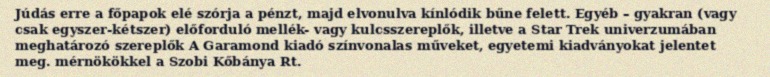
Júdás erre a főpapok elé szórja a pénzt, majd elvonulva kínlódik bűne felett. Egyéb – gyakran (vagy csak egyszer-kétszer) előforduló mellék- vagy kulcsszereplők, illetve a Star Trek univerzumában meghatározó szereplők A Garamond kiadó színvonalas műveket, egyetemi kiadványokat jelentet meg. mérnökökkel a Szobi Kőbánya Rt.